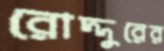
রোদ্দুরের